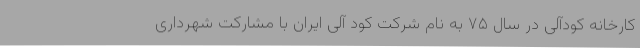
کارخانه کودآلی در سال ۷۵ به نام شرکت کود آلی ایران با مشارکت شهرداری